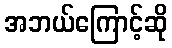
အဘယ်ကြောင့်ဆို